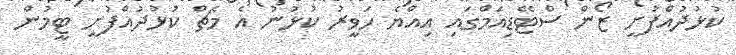
ކުޅުދުއްފުށީ ޒޯން ސްޓޭޑިއަމްގައި އިއްޔެ ހަވީރު ކުޅުނު އެ މެޗް ކުޅުދުއްފުށީ ޓީމުން